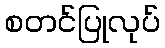
စတင်ပြုလုပ်